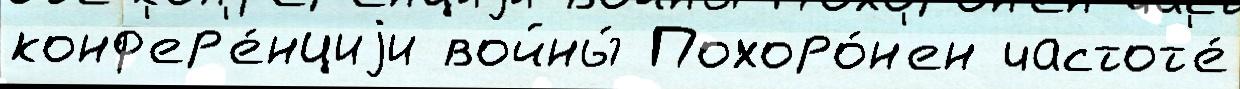
конф'ер'е́нциjи войны́ Похоро́н'ен частот'е́